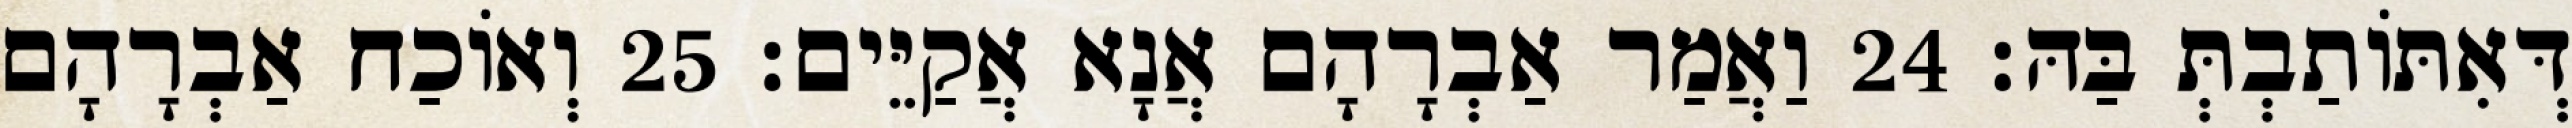
דְּאִתּוֹתַבְתְּ בַּהּ׃ 24 וַאֲמַר אַבְרָהָם אֲנָא אֲקַיֵּים׃ 25 וְאוֹכַח אַבְרָהָם